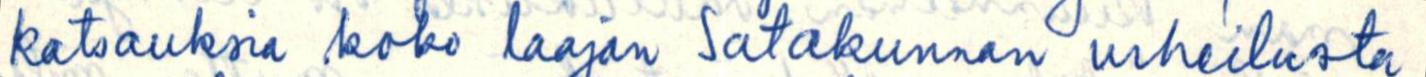
katsauksia koko laajan Satakunnan urheilusta